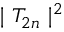
\mid T _ { 2 n } \mid ^ { 2 }